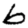
Digit: 6